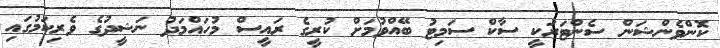
ކޮންވެންޝަން ސެންޓަރަކީ ސާކް ސަމިޓު ބޭއްވުމަށް ކުރީގެ ރައީސް މުހައްމަދު ނަޝީދުގެ ވެރިކަމުގައި